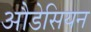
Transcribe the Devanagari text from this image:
औडेसियन